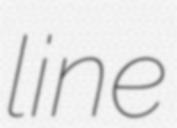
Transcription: line